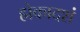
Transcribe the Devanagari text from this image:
ह्मेकादशं